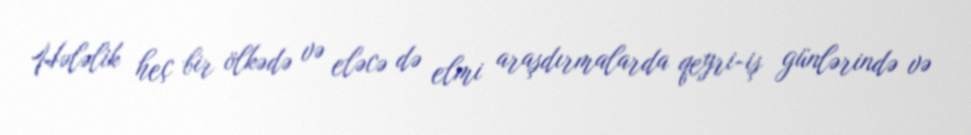
Hələlik heç bir ölkədə və eləcə də elmi araşdırmalarda qeyri-iş günlərində və